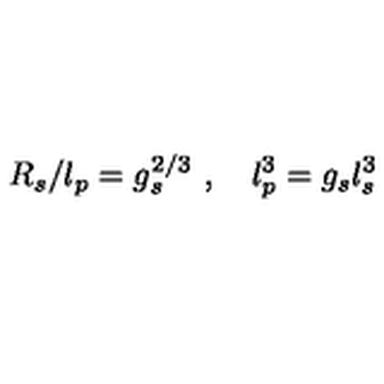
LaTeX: R _ { s } / l _ { p } = g _ { s } ^ { 2 / 3 } \ , \quad l _ { p } ^ { 3 } = g _ { s } l _ { s } ^ { 3 }